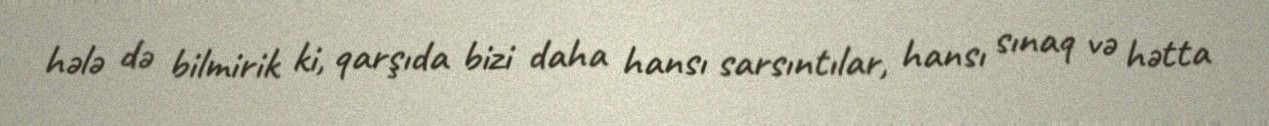
hələ də bilmirik ki, qarşıda bizi daha hansı sarsıntılar, hansı sınaq və hətta